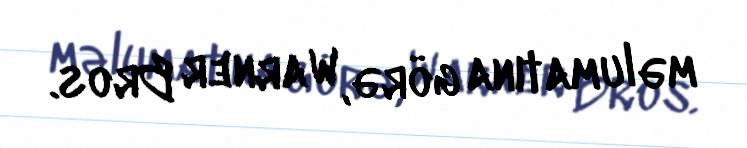
məlumatına görə, Warner Bros.